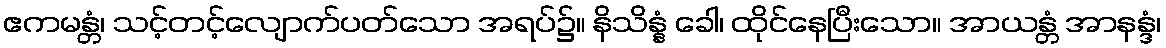
ဧကမန္တံ၊ သင့်တင့်လျောက်ပတ်သော အရပ်၌။ နိသိန္နံ ခေါ၊ ထိုင်နေပြီးသော။ အာယန္တံ အာနန္ဒံ၊